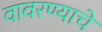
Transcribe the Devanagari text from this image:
वावरण्याचे